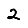
Digit: 2